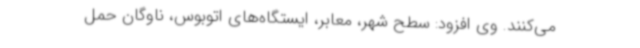
می‌کنند. وی افزود: سطح شهر، معابر، ایستگاه‌های اتوبوس، ناوگان حمل